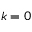
k = 0